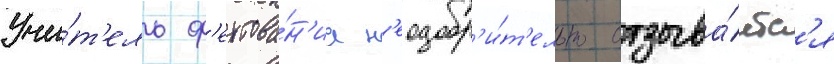
Учи́т'ель ф'ехтова́н'иа н'еодобр'и́т'ельно отзыва́етс'я